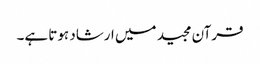
قرآن مجید میں ارشاد ہوتا ہے۔